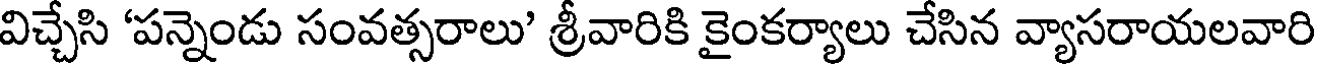
విచ్చేసి 'పన్నెండు సంవత్సరాలు' శ్రీవారికి కైంకర్యాలు చేసిన వ్యాసరాయలవారి